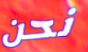
نحن